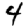
Digit: 4